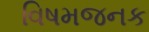
વિષમજનક